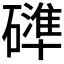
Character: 𮁍